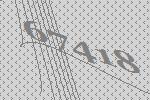
67418